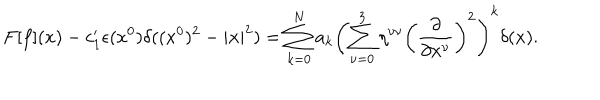
LaTeX: F [ f ] ( x ) - c _ { 1 } ^ { \prime } \epsilon ( x ^ { 0 } ) \delta ( ( x ^ { 0 } ) ^ { 2 } - | { \bf x } | ^ { 2 } ) = \sum _ { k = 0 } ^ { N } a _ { k } \left( \sum _ { \nu = 0 } ^ { 3 } \eta ^ { \nu \nu } \left( \frac { \partial } { \partial x ^ { \nu } } \right) ^ { 2 } \right) ^ { k } \delta ( x ) .